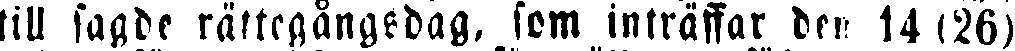
till sagde rättegångsdag, som inträffar den 14 (26)